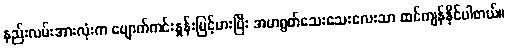
နည်းလမ်းအားလုံးက ပျောက်ကင်းနှုန်းမြင့်မားပြီး အမာရွတ်သေးသေးလေးသာ ထင်ကျန်နိုင်ပါတယ်။